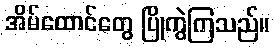
အိမ်ထောင်တွေ ပြိုကွဲကြသည်။